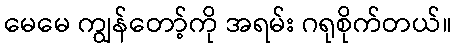
မေမေ ကျွန်တော့်ကို အရမ်း ဂရုစိုက်တယ်။